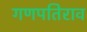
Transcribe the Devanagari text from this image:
गणपतिराव